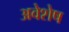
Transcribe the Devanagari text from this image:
अवेशेष